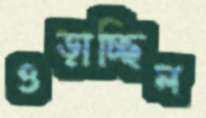
ওড়াচ্ছিল